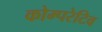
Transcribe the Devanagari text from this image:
कोम्परेटिव